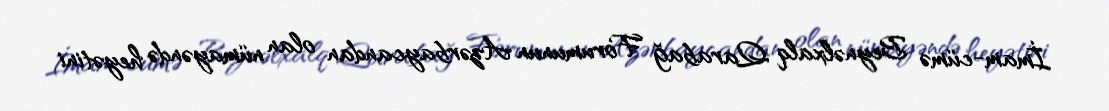
İmam-cümə Beynəlxalq Qarabağ Forumunun Azərbaycandan olan nümayəndə heyətini